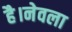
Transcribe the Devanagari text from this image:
है।नेवला